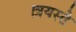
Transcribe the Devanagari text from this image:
।त्रयस्ते